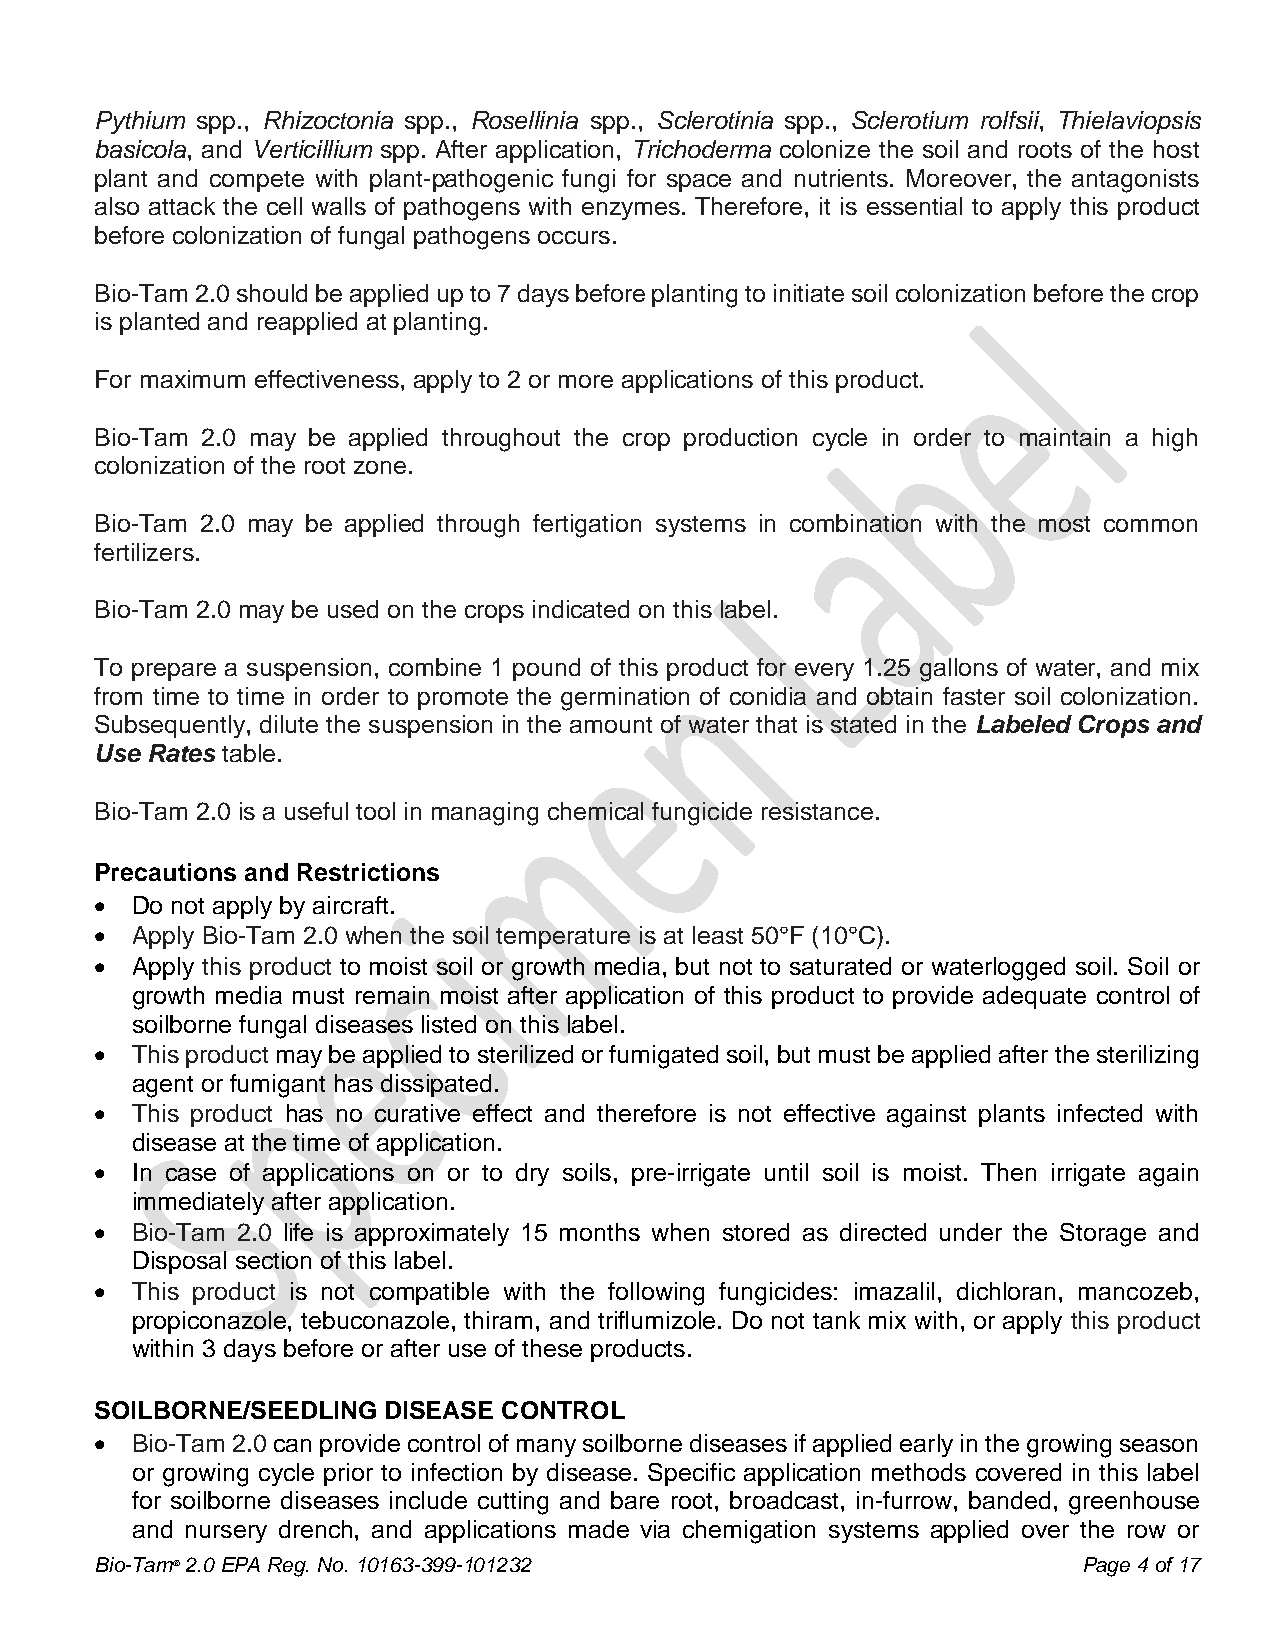
Pythium spp., Rhizoctonia spp., Rosellinia spp., Sclerotinia spp., Sclerotium rolfsii, Thielaviopsis
 basicola, and Verticillium spp. After application, Trichoderma colonize the soil and roots of the host
 plant and compete with plant-pathogenic fungi for space and nutrients. Moreover, the antagonists
 also attack the cell walls of pathogens with enzymes. Therefore, it is essential to apply this product
 before colonization of fungal pathogens occurs.
 Bio-Tam 2.0 should be applied up to 7 days before planting to initiate soil colonization before the crop
 is planted and reapplied at planting.
 For maximum effectiveness, apply to 2 or more applications of this product.
 Bio-Tam 2.0 may be applied throughout the crop production cycle in order to maintain a high
 colonization of the root zone.
 Bio-Tam 2.0 may be applied through fertigation systems in combination with the most common
 fertilizers.
 Bio-Tam 2.0 may be used on the crops indicated on this label.
 To prepare a suspension, combine 1 pound of this product for every 1.25 gallons of water, and mix
 from time to time in order to promote the germination of conidia and obtain faster soil colonization.
 Subsequently, dilute the suspension in the amount of water that is stated in the Labeled Crops and
 Use Rates table.
 Bio-Tam 2.0 is a useful tool in managing chemical fungicide resistance.
 Precautions and Restrictions
 •  Do not apply by aircraft.
 •  Apply Bio-Tam 2.0 when the soil temperature is at least 50°F (10°C).
 •  Apply this product to moist soil or growth media, but not to saturated or waterlogged soil. Soil or
 growth media must remain moist after application of this product to provide adequate control of
 soilborne fungal diseases listed on this label.
 •  This product may be applied to sterilized or fumigated soil, but must be applied after the sterilizing
 agent or fumigant has dissipated.
 •  This product has no curative effect and therefore is not effective against plants infected with
 disease at the time of application.
 •  In case of applications on or to dry soils, pre-irrigate until soil is moist. Then irrigate again
 immediately after application.
 •  Bio-Tam 2.0 life is approximately 15 months when stored as directed under the Storage and
 Disposal section of this label.
 •  This product is not compatible with the following fungicides: imazalil, dichloran, mancozeb,
 propiconazole, tebuconazole, thiram, and triflumizole. Do not tank mix with, or apply this product
 within 3 days before or after use of these products.
 SOILBORNE/SEEDLING DISEASE CONTROL
 •  Bio-Tam 2.0 can provide control of many soilborne diseases if applied early in the growing season
 or growing cycle prior to infection by disease. Specific application methods covered in this label
 for soilborne diseases include cutting and bare root, broadcast, in-furrow, banded, greenhouse
 and nursery drench, and applications made via chemigation systems applied over the row or
 Bio-Tam® 2.0 EPA Reg. No. 10163-399-101232                        Page 4 of 17